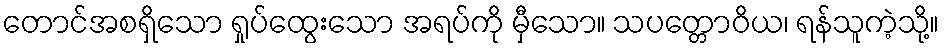
တောင်အစရှိသော ရှုပ်ထွေးသော အရပ်ကို မှီသော။ သပတ္တောဝိယ၊ ရန်သူကဲ့သို့။